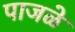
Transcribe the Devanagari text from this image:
पाजळे